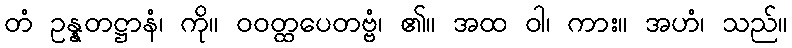
တံ ဥန္နတဋ္ဌာနံ၊ ကို။ ဝဝတ္ထပေတဗ္ဗံ၊ ၏။ အထ ဝါ၊ ကား။ အဟံ၊ သည်။